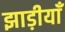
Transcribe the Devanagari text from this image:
झाड़ीयाँ